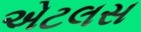
એટલસ